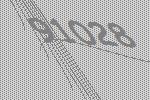
91028